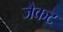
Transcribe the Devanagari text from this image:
जैकट